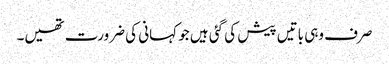
صرف وہی باتیں پیش کی گئی ہیں جو کہانی کی ضرورت تھیں۔